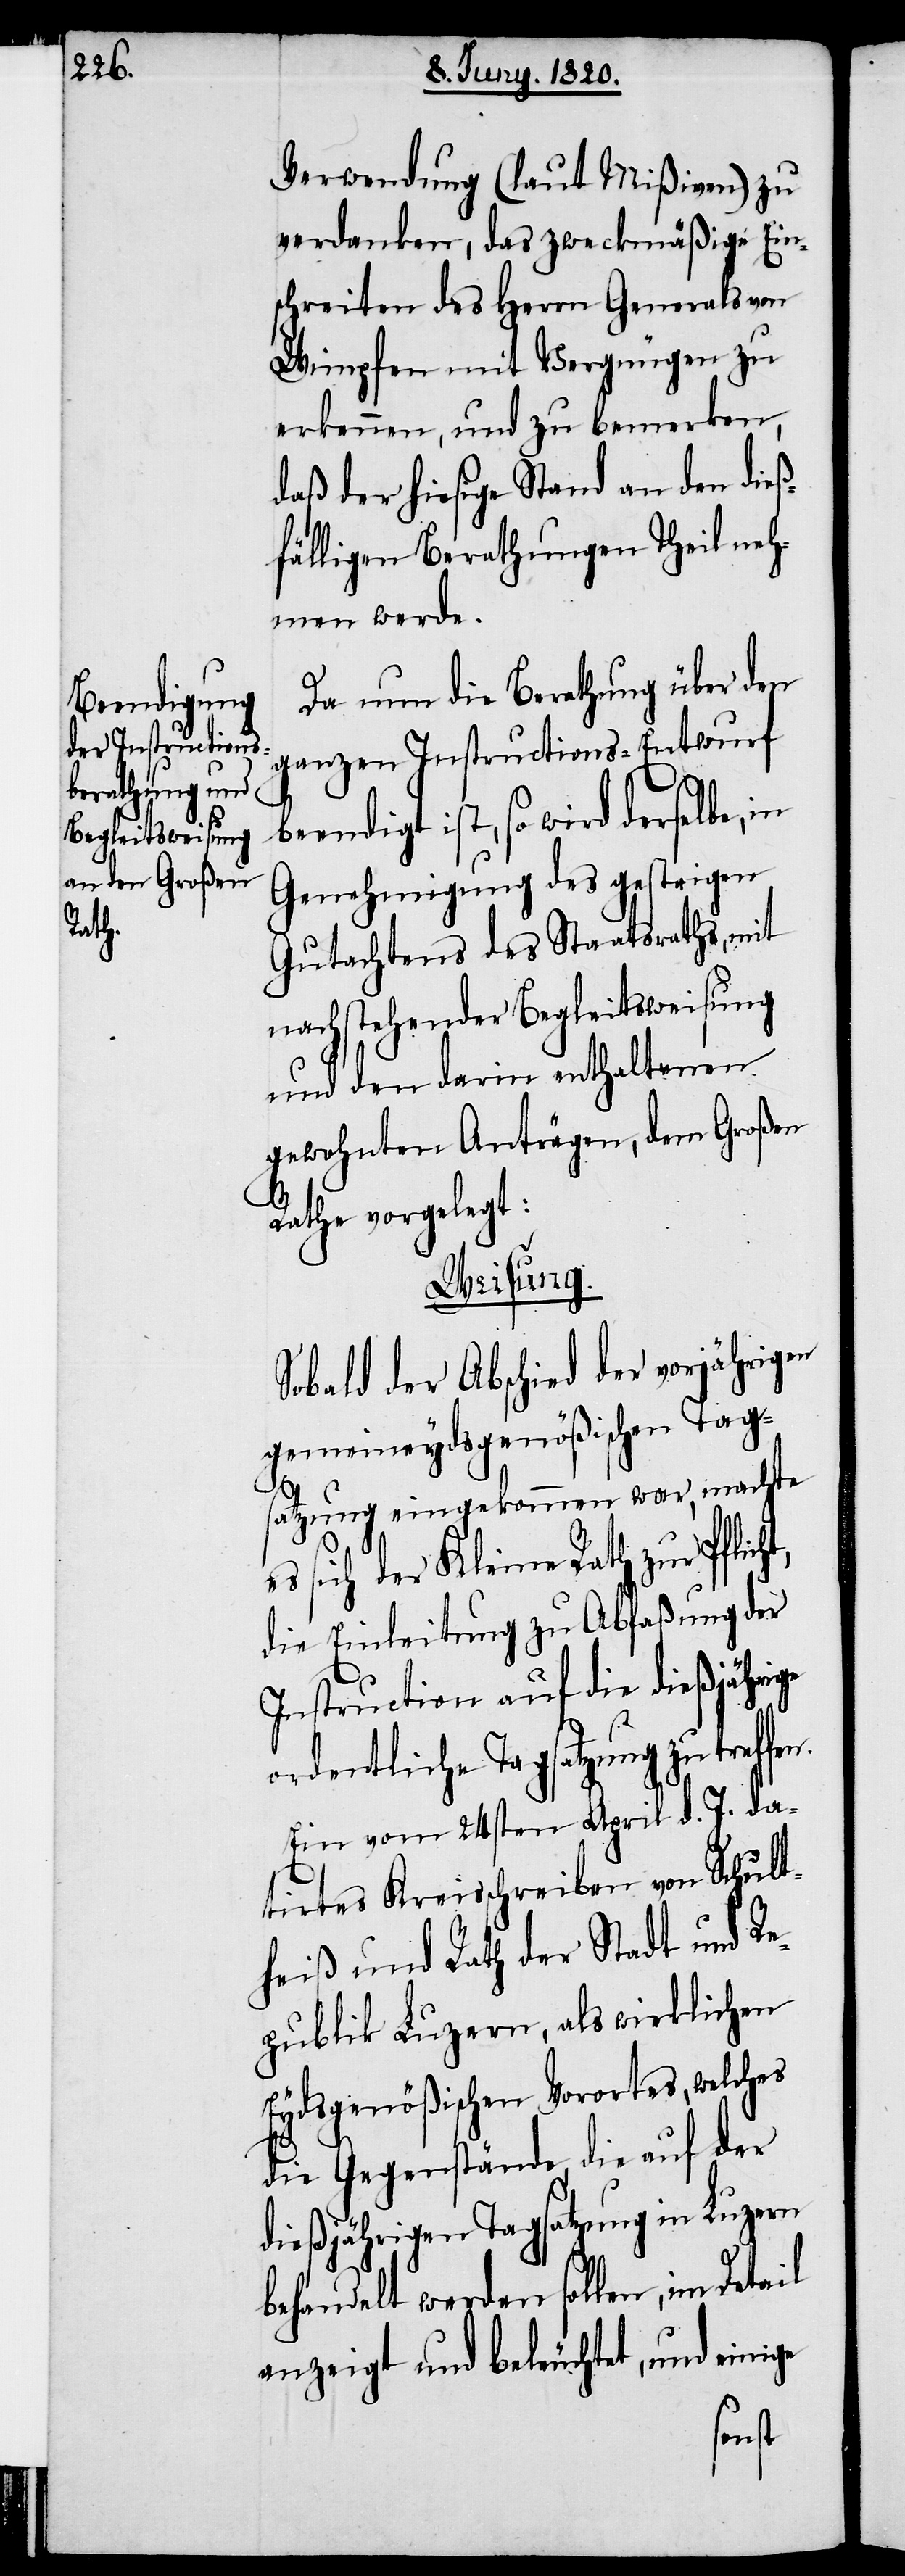
Verwendung (laut Mißiven) zu
verdanken, das zweckmäßige Ein¬
schreiten des Herrn Generals von
Wimpfen mit Vergnügen zu
erkennen, und zu bemerken,
daß der hiesige Stand an den dieß¬
fälligen Berathungen Theil neh¬
men werde.
Da nun die Berathung über den
ganzen Instructions-Entwurf
endigt ist, so wird derselbe, in
Genehmigung des gestrigen
Gutachtens des Staatsraths, mit
nachstehender Begleitweisung
und den darin enthaltenen
gewohnten Anträge, dem Großen
Rathe vorgelegt:
Weisung.
Sobald der Abschied der vorjährigen
gemeineydsgenößischen Tag¬
ht,
satzung eingekommen war, machte
es sich der Kleine Rath zur Pflic¬
die Einleitung zu Abfaßung der
Instruction auf die dießjährige
ordentliche Tagsatzung zu treff¬
Ein vom 24sten April d. J. da¬
tirtes Kreisschreiben von Schult¬
heiß und Rath der Stadt und Re¬
publik Luzern, als wirklichen
Eydsgenößischen Vorortes, welches
die Gegenstände, die auf der
dießjährigen Tagsatzung in Luzern
behandelt werden sollen, in Detail
anzeigt und beleuchtet, und einige
en.